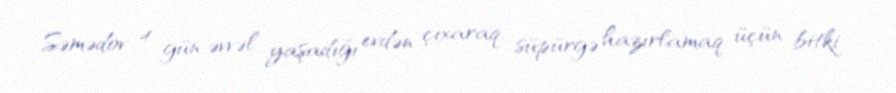
Səmədov 4 gün əvvəl yaşadığı evdən çıxaraq, süpürgə hazırlamaq üçün bitki